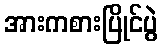
အားကစားပြိုင်ပွဲ